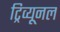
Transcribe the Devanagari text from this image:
ट्रिव्यूनल